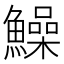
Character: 鱢